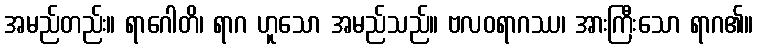
အမည်တည်း။ ရာဂေါတိ၊ ရာဂ ဟူသော အမည်သည်။ ဗလဝရာဂဿ၊ အားကြီးသော ရာဂ၏။